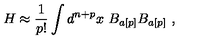
H \approx \frac { 1 } { p ! } \int d ^ { n + p } x \ B _ { a [ p ] } B _ { a [ p ] } \ ,